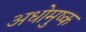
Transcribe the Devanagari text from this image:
अधोमुष्क